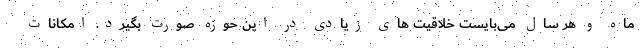
ماه و هر سال می‌بایست خلاقیت های زیادی در این حوزه صورت بگیرد. امکانات